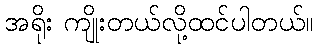
အရိုး ကျိုးတယ်လို့ထင်ပါတယ်။